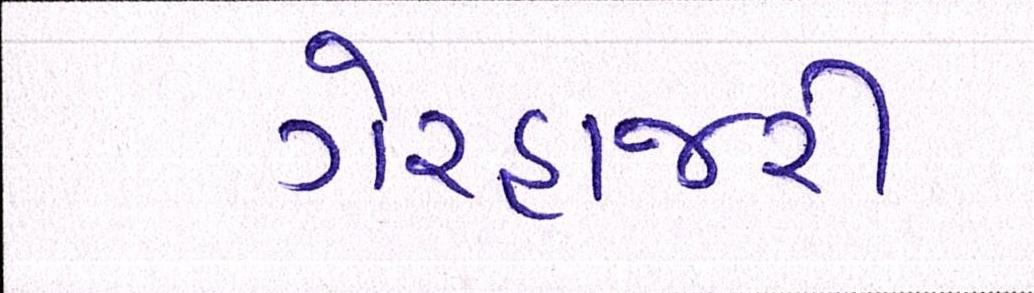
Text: ગેરહાજરી